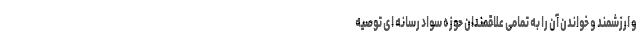
و ارزشمند و خواندن آن را به تمامی علاقمندان حوزه سواد رسانه ای توصیه